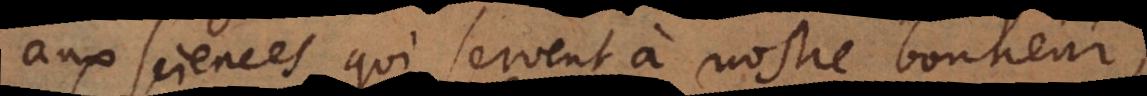
aux sciences qui servent à nostre bonheur,